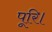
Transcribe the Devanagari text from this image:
पूरि।